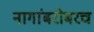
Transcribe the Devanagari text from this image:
नागांबरोबरच